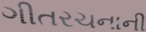
ગીતરચનાની